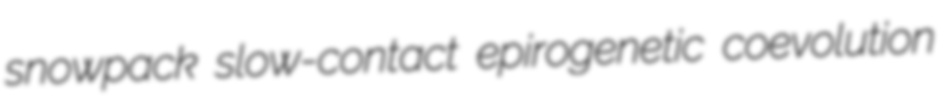
snowpack slow-contact epirogenetic coevolution